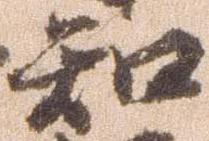
知